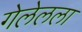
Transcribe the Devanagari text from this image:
गेलेलला